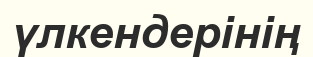
үлкендерінің